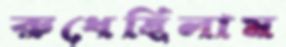
রুধেছিলাম